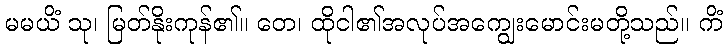
မမယိံ သု၊ မြတ်နိုးကုန်၏။ တေ၊ ထိုငါ၏အလုပ်အကျွေးမောင်းမတို့သည်။ ကိံ